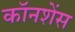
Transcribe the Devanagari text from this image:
कॉनशेंस